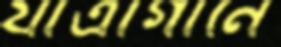
যাত্রাগানে